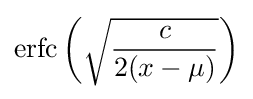
{\textrm {erfc}}\left({\sqrt {\frac {c}{2(x-\mu )}}}\right)